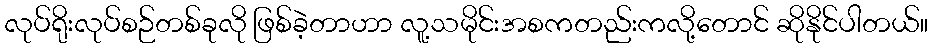
လုပ်ရိုးလုပ်စဉ်တစ်ခုလို ဖြစ်ခဲ့တာဟာ လူ့သမိုင်းအစကတည်းကလို့တောင် ဆိုနိုင်ပါတယ်။